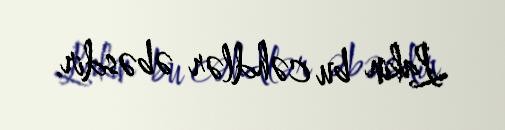
Lakin bu cəhdlər əbəsdir.